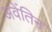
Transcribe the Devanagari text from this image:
अवेंतिन